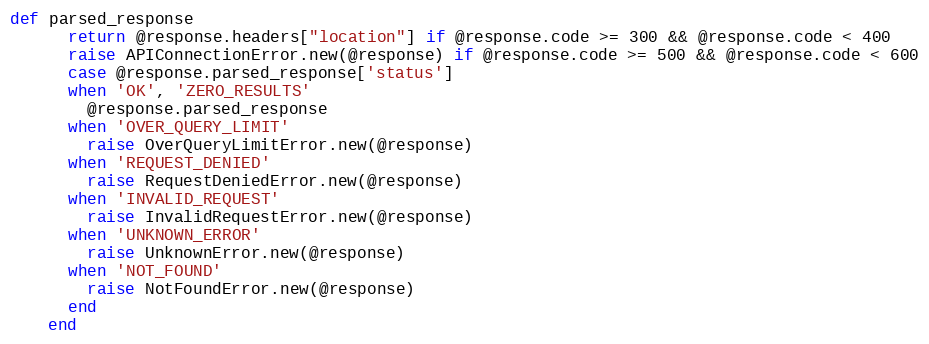
Language: Ruby
def parsed_response
      return @response.headers["location"] if @response.code >= 300 && @response.code < 400
      raise APIConnectionError.new(@response) if @response.code >= 500 && @response.code < 600
      case @response.parsed_response['status']
      when 'OK', 'ZERO_RESULTS'
        @response.parsed_response
      when 'OVER_QUERY_LIMIT'
        raise OverQueryLimitError.new(@response)
      when 'REQUEST_DENIED'
        raise RequestDeniedError.new(@response)
      when 'INVALID_REQUEST'
        raise InvalidRequestError.new(@response)
      when 'UNKNOWN_ERROR'
        raise UnknownError.new(@response)
      when 'NOT_FOUND'
        raise NotFoundError.new(@response)
      end
    end